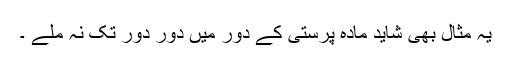
یہ مثال بھی شاید مادہ پرستی کے دور میں دور دور تک نہ ملے ۔